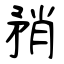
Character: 矟